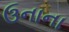
ઉનાના